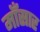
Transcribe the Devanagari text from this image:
माँसार